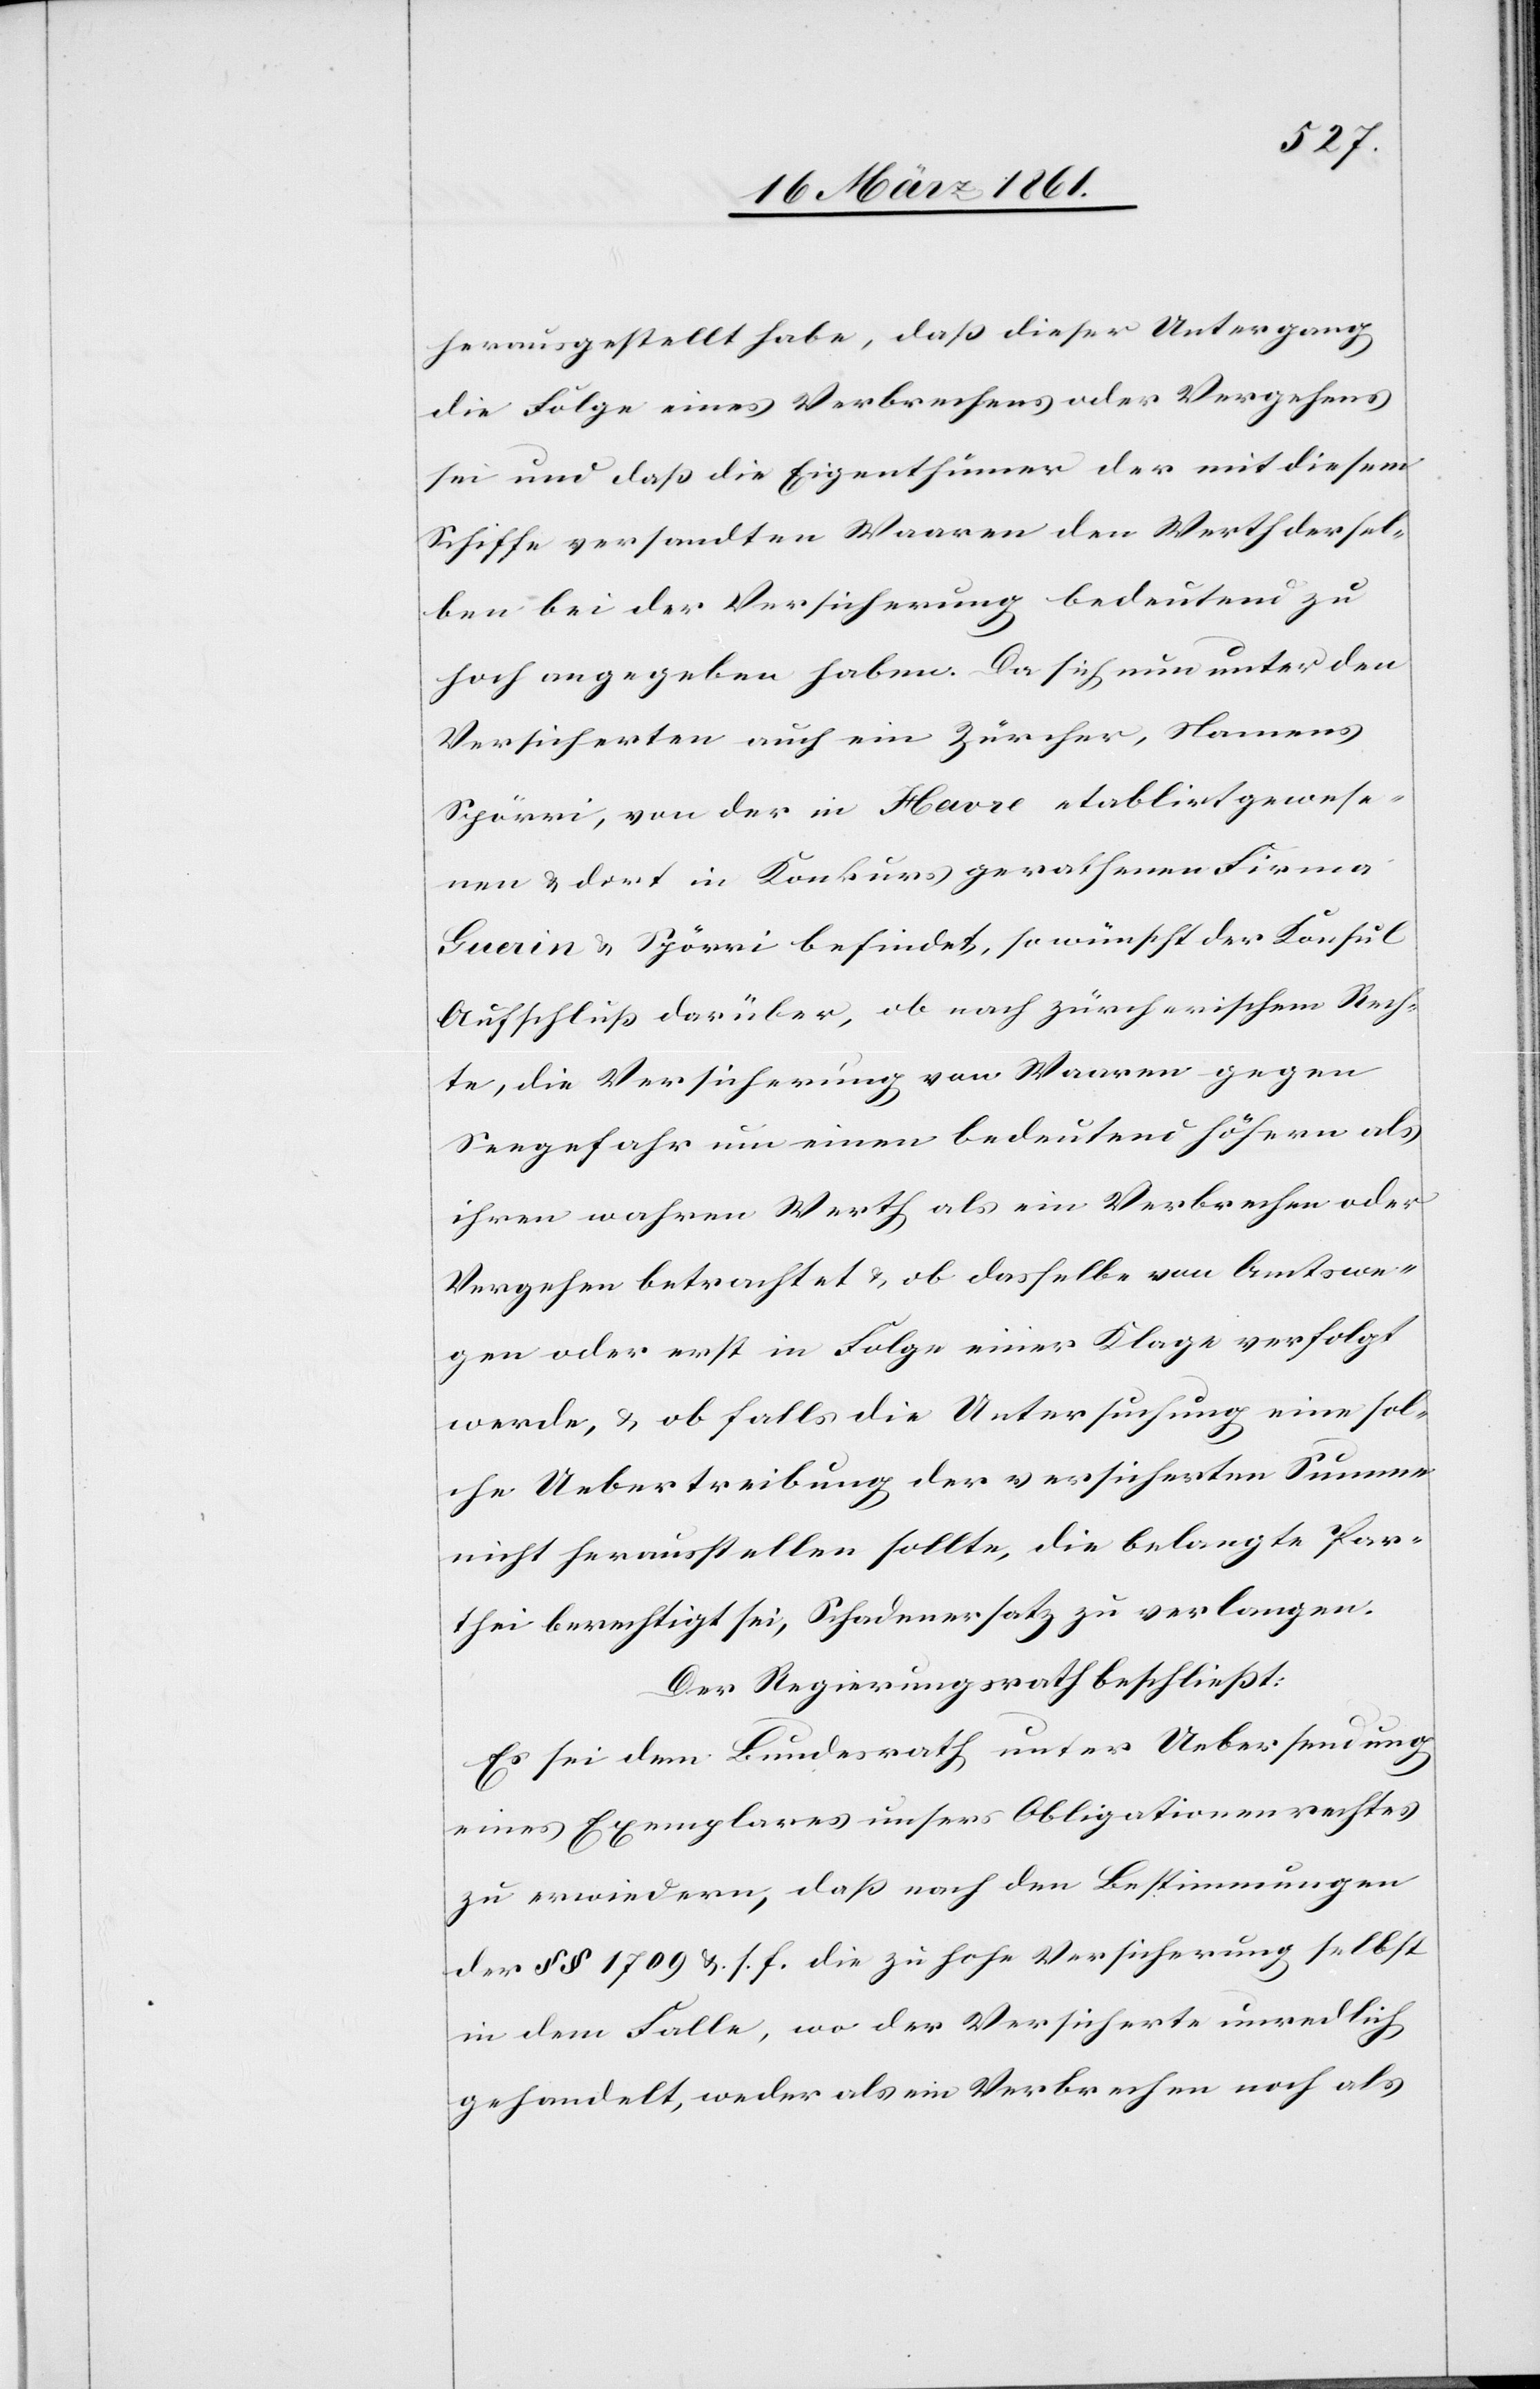
herausgestellt habe, daß dieser Untergang
die Folge eines Verbrechens oder Vergehens
sei und daß die Eigenthümer der mit diesem
Schiffe versandten Waaren, den Werth dersel¬
ben bei der Versicherung bedeutend zu
hoch angegeben haben. Da sich nun unter den
Versicherten auch ein Zürcher, Namens
Spörri, von der in Havre etablirt gewese¬
nen u. dort in Konkurs gerathenen Firma
Guerin u. Spörri befindet, so wünscht der Konsul
Aufschluss darüber, ob nach zürcherischem Rech¬
te, die Versicherung von Waaren gegen
Seegefahr um einen bedeutend höhern als
ihren wahren Werth als ein Verbrechen oder
Vergehen betrachtet u. ob dasselbe von Amtswe¬
gen oder erst in Folge einer Klage verfolgt
werde, u. ob falls die Untersuchung eine sol¬
che Uebertreibung der versicherten Summe
nicht herausstellen sollte, die belangte Par¬
thei berechtigt sei, Schadenersatz zu verlangen.
Der Regierungsrath beschließt:
Es sei dem Bundesrath unter Uebersendung
eines Exemplares unsers Obligationenrechtes
zu erwiedern, daß nach den Bestimmungen
der §§ 1709 u. s. f. die zu hohe Versicherung selbst
in dem Falle, wo der Versicherte unredlich
gehandelt, weder als ein Verbrechen noch als